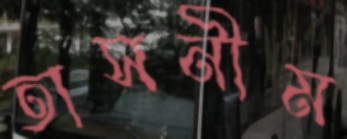
তাসনীম